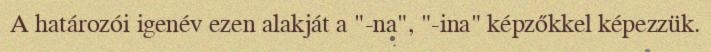
A határozói igenév ezen alakját a "-na", "-ina" képzőkkel képezzük.